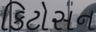
કિટોસન